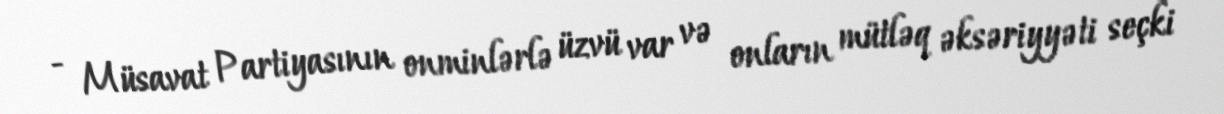
- Müsavat Partiyasının onminlərlə üzvü var və onların mütləq əksəriyyəti seçki